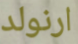
ارنولد